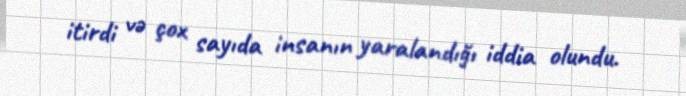
itirdi və çox sayıda insanın yaralandığı iddia olundu.